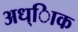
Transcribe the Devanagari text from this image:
अध्ािक